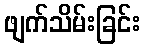
ဖျက်သိမ်းခြင်း